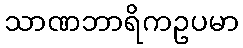
သာဏဘာရိကဥပမာ